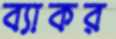
ব্যাকর